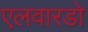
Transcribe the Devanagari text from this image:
एलवारडो